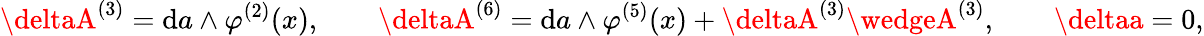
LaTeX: \deltaA^{(3)}=\mathrm{d}a\wedge\varphi^{(2)}(x),\qquad\deltaA^{(6)}=\mathrm{d}a\wedge\varphi^{(5)}(x)+\deltaA^{(3)}\wedgeA^{(3)},\qquad\deltaa=0,